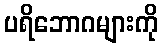
ပရိဘောဂများကို